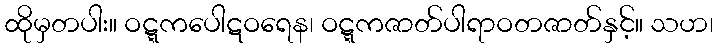
ထိုမှတပါး။ ဝဋ္ဋကပေါဋဝရေန၊ ဝဋ္ဋကဇာတ်ပါရာဝတဇာတ်နှင့်။ သဟ၊